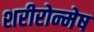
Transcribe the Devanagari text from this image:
शरीरोन्मेष